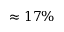
\approx 1 7 \%